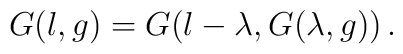
G(l, g)=G(l-\lambda, G(\lambda, g))\,.